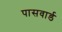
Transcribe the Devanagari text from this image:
पासवार्ड